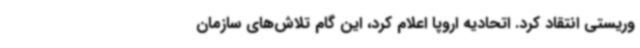
وریستی انتقاد کرد. اتحادیه اروپا اعلام کرد، این گام تلاش‌های سازمان